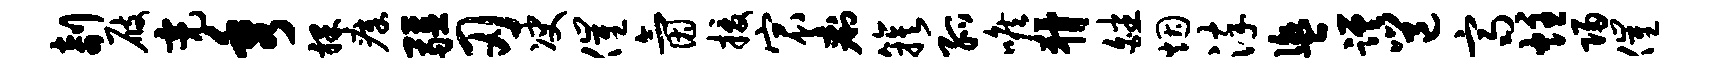
剞屐亮秀裸瘴疆刃决催氤援宸痢簇孤喉猾皤烟淬盥蹉邕齐炷归催